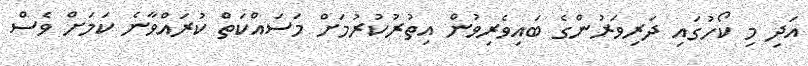
އަދި މި ކޯހުގައި ދަރިވަރުންގެ ބައިވެރިވުން އިތުރުކުރުމަށް މަސައްކަތް ކުރައްވާނެ ކަމަށް ވެސް